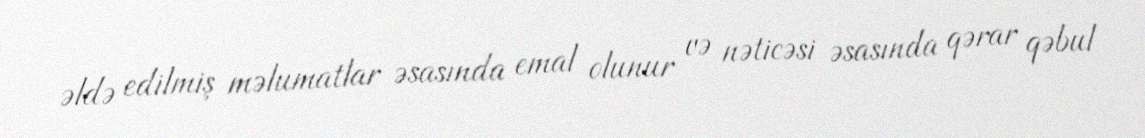
əldə edilmiş məlumatlar əsasında emal olunur və nəticəsi əsasında qərar qəbul